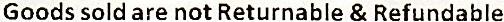
GOODS SOLD ARE NOT RETURNABLE & REFUNDABLE